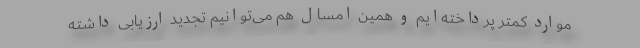
موارد کمتر پرداخته‌ایم و همین امسال هم می‌توانیم تجدید ارزیابی داشته